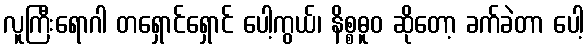
လူကြီးရောဂါ တရှောင်ရှောင် ပေါ့ကွယ်၊ နိစ္စဓူဝ ဆိုတော့ ခက်ခဲတာ ပေါ့